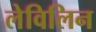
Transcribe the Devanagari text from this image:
लेविलिन